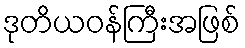
ဒုတိယဝန်ကြီးအဖြစ်